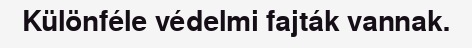
Különféle védelmi fajták vannak.